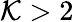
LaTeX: \mathcal{K}>2